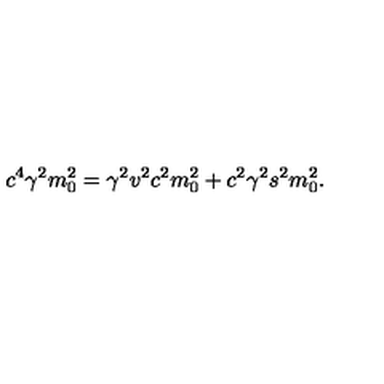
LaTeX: c ^ { 4 } \gamma ^ { 2 } m _ { 0 } ^ { 2 } = \gamma ^ { 2 } v ^ { 2 } c ^ { 2 } m _ { 0 } ^ { 2 } + c ^ { 2 } \gamma ^ { 2 } s ^ { 2 } m _ { 0 } ^ { 2 } .